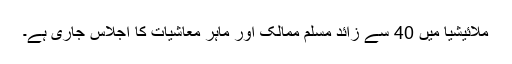
ملائیشیا میں 40 سے زائد مسلم ممالک اور ماہر معاشیات کا اجلاس جاری ہے۔